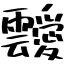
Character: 靉